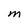
Character: M